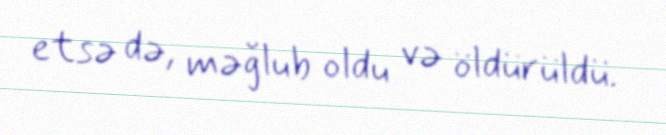
etsə də, məğlub oldu və öldürüldü.